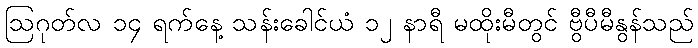
ဩဂုတ်လ ၁၄ ရက်နေ့ သန်းခေါင်ယံ ၁၂ နာရီ မထိုးမီတွင် ဗွီပီမီနွန်သည်